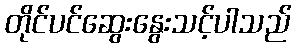
တိုင်ပင်ဆွေးနွေးသင့်ပါသည်